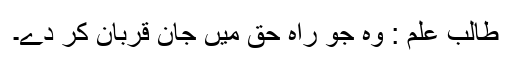
طالب علم : وہ جو راہ حق میں جان قربان کر دے۔